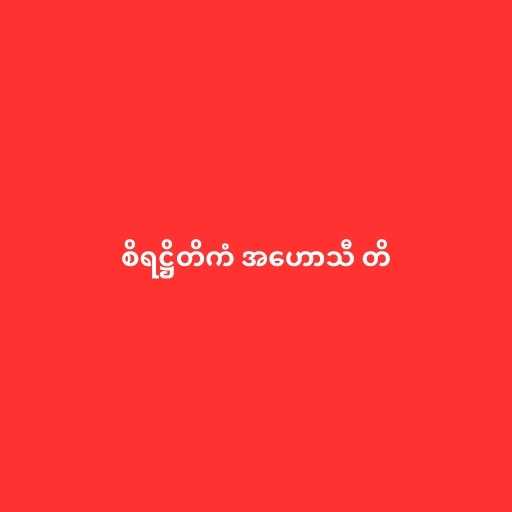
စိရဋ္ဌိတိကံ အဟောသီ တိ